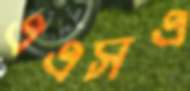
এএসএ